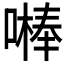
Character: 𠾴